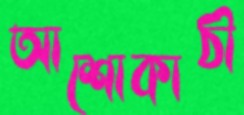
আশোকাঠী